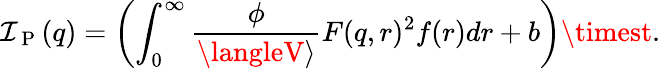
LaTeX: \mathcal{I}_{\mathrm{{~P~}}}(q)=\left(\int_{0}^{\infty}\frac{{\phi}}{{\langleV\rangle}}F(q,r)^{2}f(r)dr+b\right)\timest.